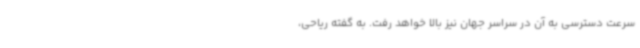
سرعت دسترسی به آن در سراسر جهان نیز بالا خواهد رفت. به گفته ریاحی،